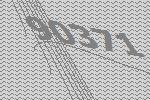
90371